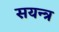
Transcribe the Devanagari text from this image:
सयन्त्र